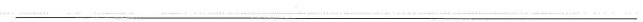
___